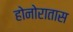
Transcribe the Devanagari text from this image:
होनोरातास